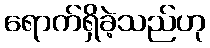
ရောက်ရှိခဲ့သည်ဟု